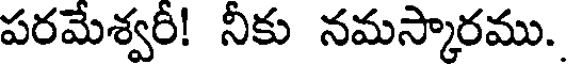
పరమేశ్వరీ! నీకు నమస్కారము.